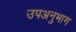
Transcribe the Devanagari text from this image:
उपअनुभाग